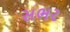
સભર